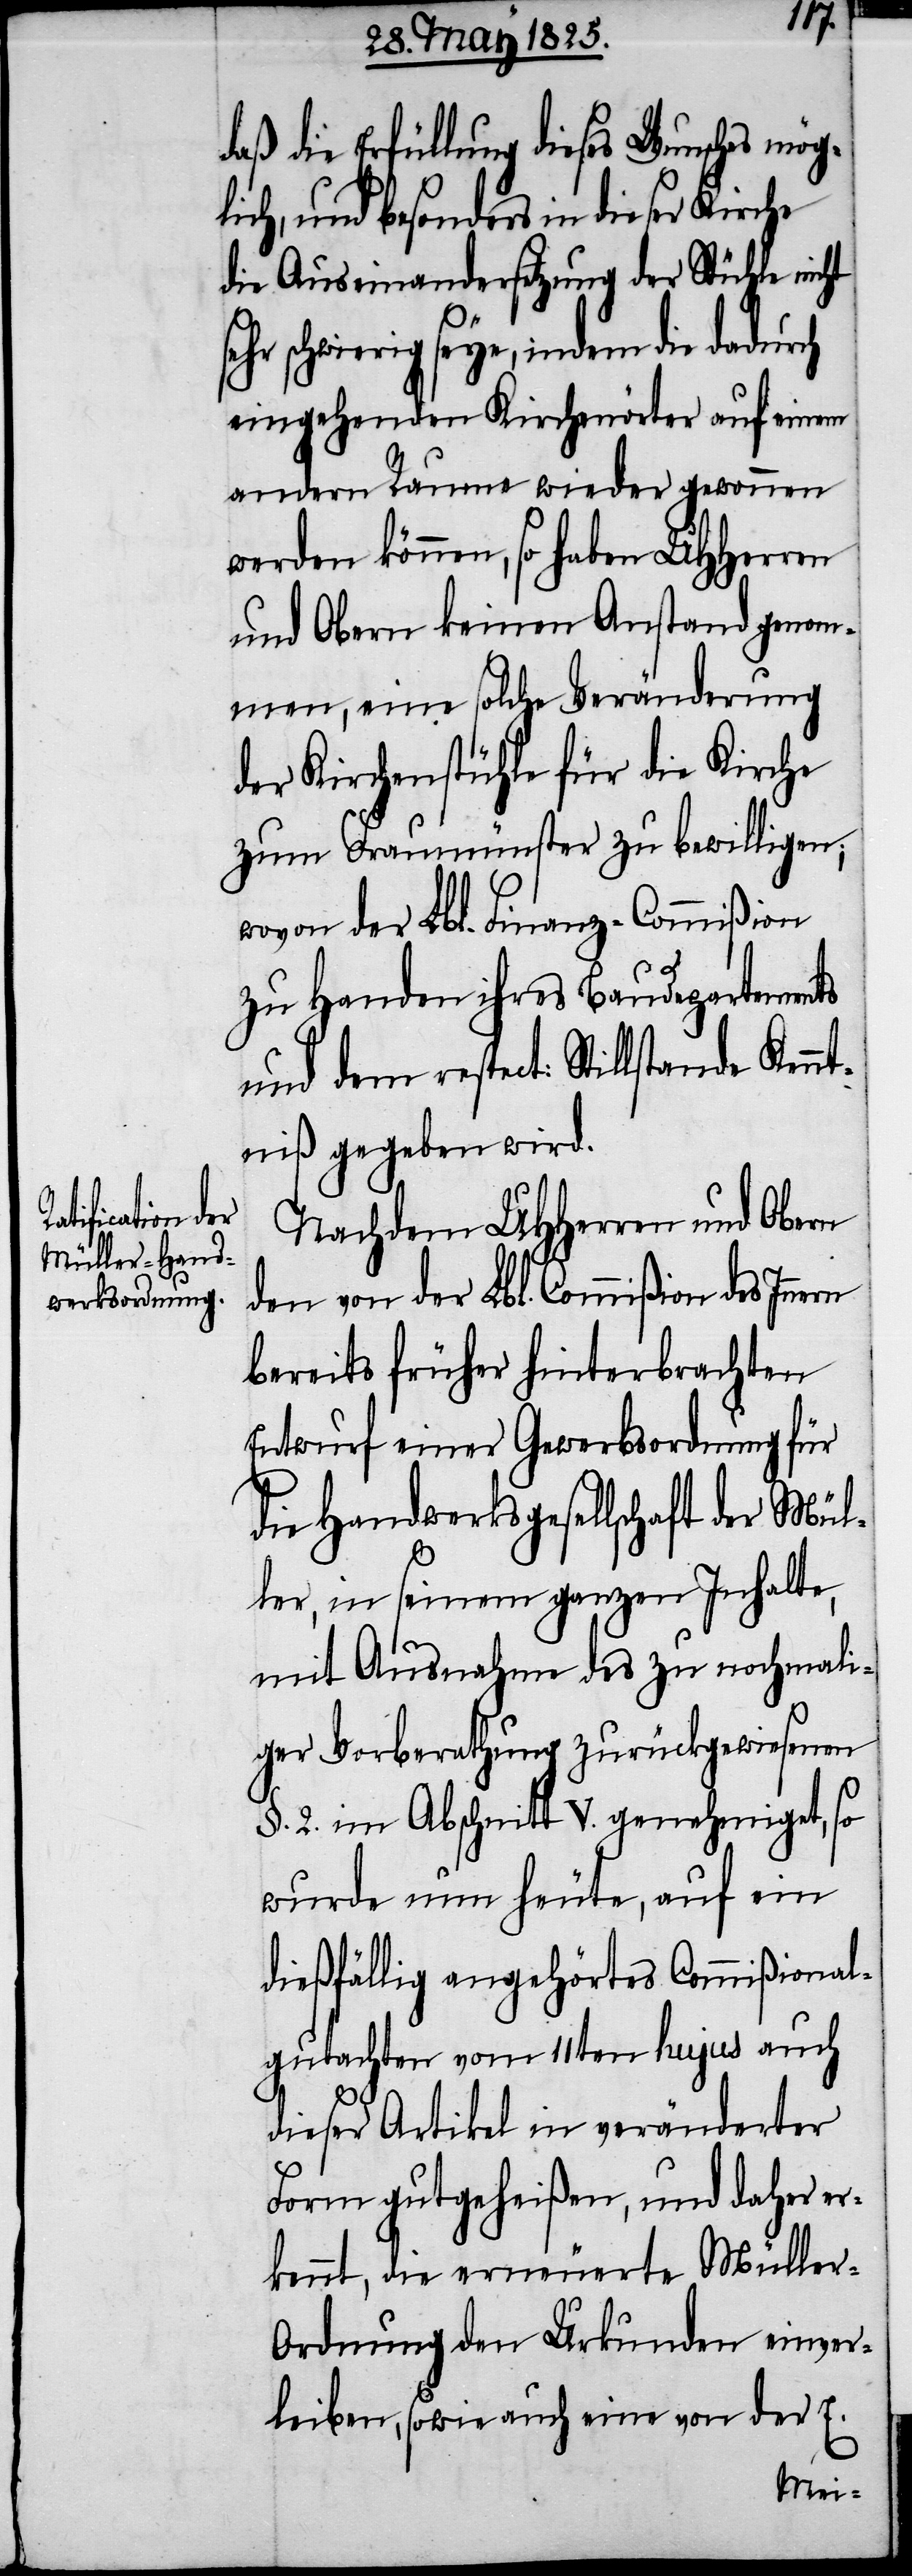
daß die Erfüllung dieses Wunsches mö¬
glich, und besonders in dieser Kirche
die Auseinandersetzung der Stühle nicht
ehr schwierig seye, indem die dadurch
eingehenden Kirchenörter auf einem
andern Raume wieder gewonnen
werden können, so haben UHHerren
und Obern keinen Anstand genom¬
men, eine solche Veränderung
der Kirchenstühle für die Kirche
zum Fraumünster zu bewilligen;
wovon der Lbl. Finanz-Commißion
zu Handen ihres Baudepartements
und dem respect: Stillstande Kennt¬
niß gegeben wird.
Nachdem UHHerren und Obern
den von der Lbl. Commißion des In¬
bereits früher hinterbrachten
Entwurf einer Gewerbsordnung für
die Handwerksgesellschaft der Mül¬
ler, in seinem ganzen Inhalte,
mit Ausnahme des zu nochmali¬
ger Vorberathung zurückgewiesenen
§. 2. im Abschnitt V. genehmiget, so
wurde nun heute, auf ein
dießfalls angehörtes Commißional¬
gutachten vom 11ten hujus auch
dieser Artikel in veränderter
Form gutgeheißen, und daher er¬
kennt, die erneuerte Mülle¬
r-Ordnung den Urkunden einver¬
leiben, sowie auch eine von der E.

nern